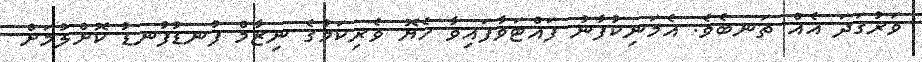
ވަރުގަދަ އެއް ތަނބެވެ. އެމަނިކުފާނު ފައްޓަވާފައިވާ ހެޔޮ ވެރިކަމުގެ ނިޒާމް ފުނޑުފުނޑު ކޮށްލުމަށް